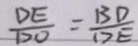
\frac { D E } { D O } = \frac { B D } { D E }